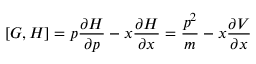
[ G , H ] = p \frac { \partial H } { \partial p } - x \frac { \partial H } { \partial x } = \frac { p ^ { 2 } } { m } - x \frac { \partial V } { \partial x }